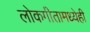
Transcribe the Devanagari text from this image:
लोकगीतामध्येही